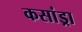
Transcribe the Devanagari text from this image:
कसांड्रा